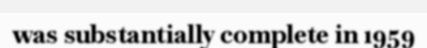
was substantially complete in 1959